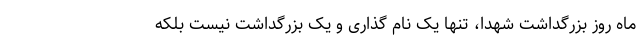
ماه روز بزرگداشت شهدا، تنها یک نام گذاری و یک بزرگداشت نیست بلکه